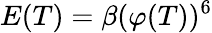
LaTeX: E(T)=\beta(\varphi(T))^{6}